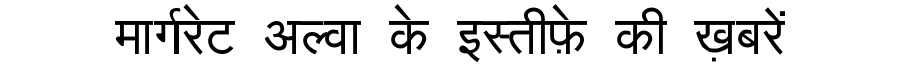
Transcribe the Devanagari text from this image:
मार्गरेट अल्वा के इस्तीफ़े की ख़बरें